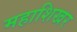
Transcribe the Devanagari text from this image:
महाशिखर